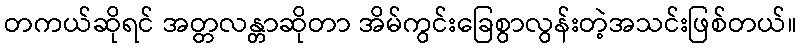
တကယ်ဆိုရင် အတ္တလန္တာဆိုတာ အိမ်ကွင်းခြေစွာလွန်းတဲ့အသင်းဖြစ်တယ်။